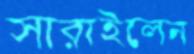
সারাইলেন